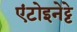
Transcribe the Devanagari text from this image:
एंटोइनेट्टे